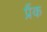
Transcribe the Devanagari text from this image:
प्रैंक